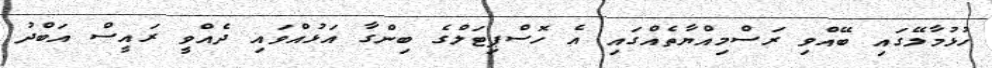
ހުޅުމާލޭގައި ބޭއްވި ރަސްމިއްޔާތެއްގައި އެ ހޮސްޕިޓަލްގެ ބިންގާ އަޅުއްވައި ދެއްވީ ރައީސް އަބްދު